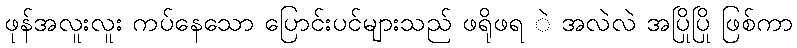
ဖုန်အလူးလူး ကပ်နေသော ပြောင်းပင်များသည် ဖရိုဖရ ဲ အလဲလဲ အပြိုပြို ဖြစ်ကာ